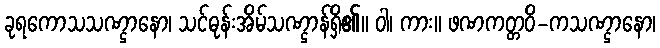
ခုရကောသသဏ္ဌာနော၊ သင်ဓုန်းအိမ်သဏ္ဌာန်ရှိ၏။ ဝါ၊ ကား။ ဖဏကတ္တဝိ-ကသဏ္ဌာနော၊